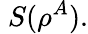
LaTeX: \; S(\rho^{A}).